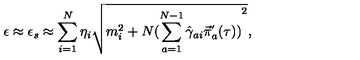
\epsilon \approx \epsilon _ { s } \approx \sum _ { i = 1 } ^ { N } \eta _ { i } \sqrt { m _ { i } ^ { 2 } + N { ( \sum _ { a = 1 } ^ { N - 1 } { \hat { \gamma } } _ { a i } { \vec { \pi } } _ { a } ^ { ' } ( \tau ) ) } ^ { 2 } } ,